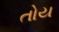
તોય